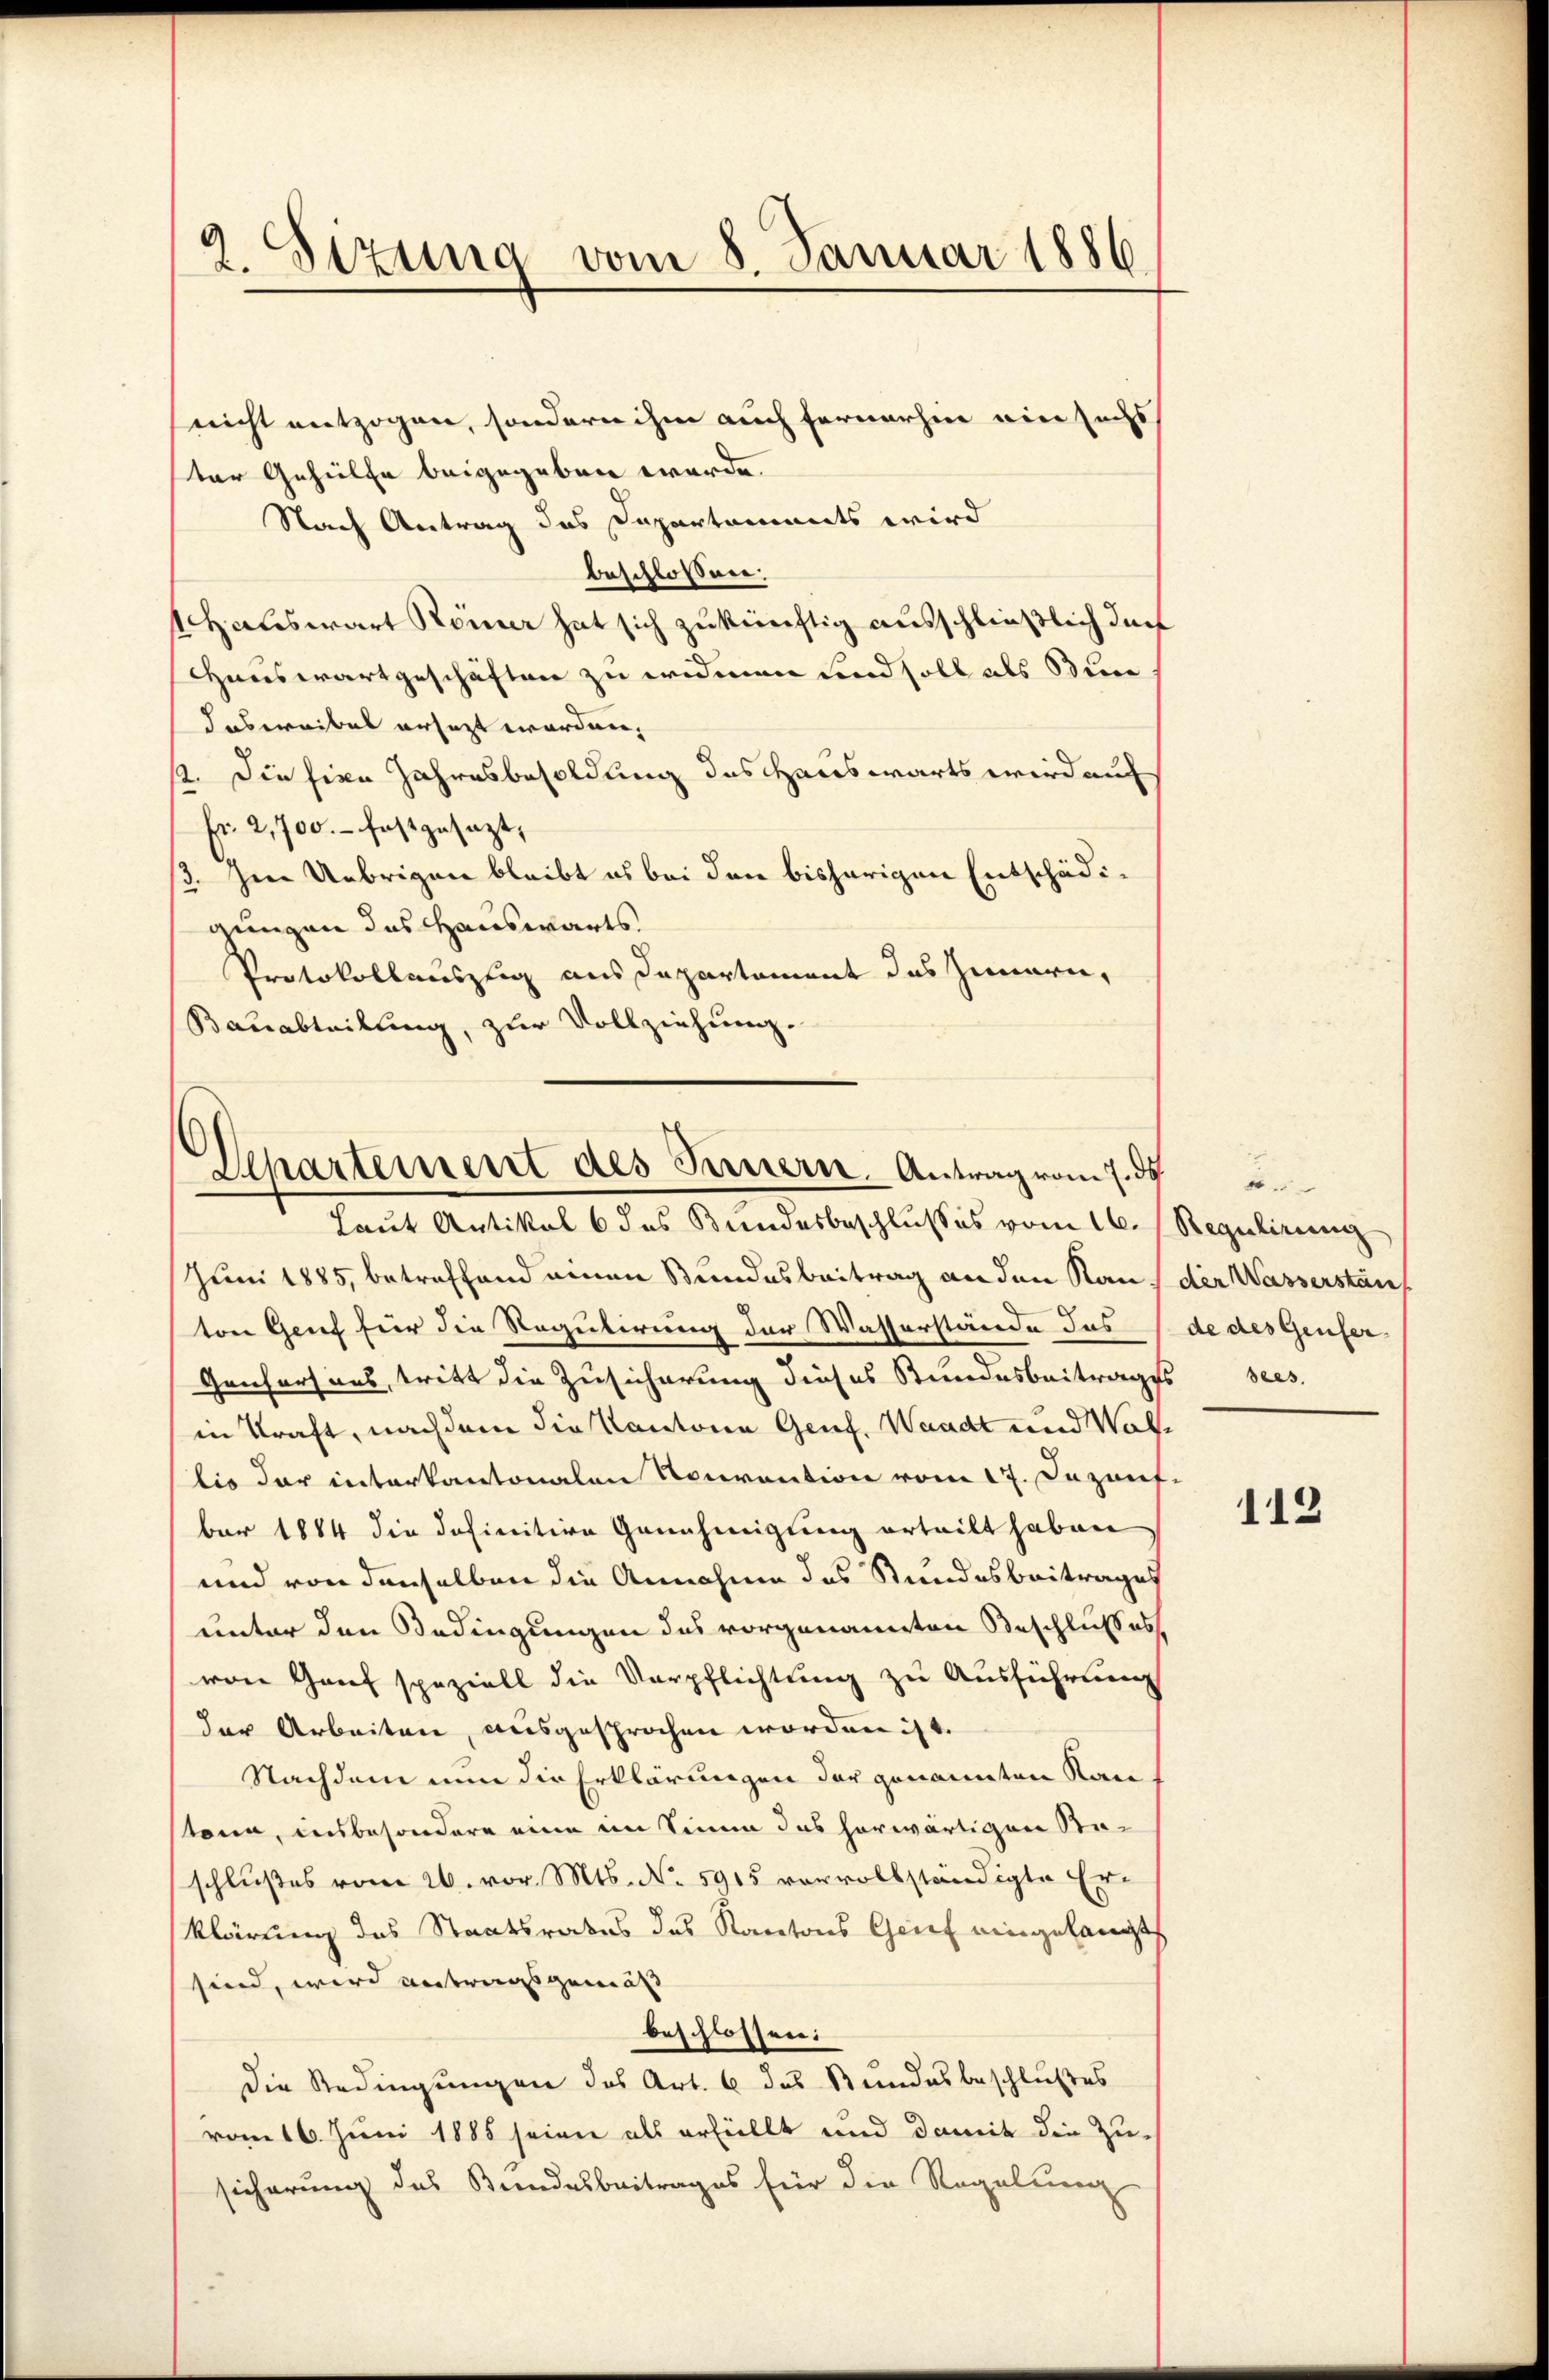
9
h
t. Sizung vom 8. Januar 1886.

nicht entzogen, sondern ihm auch fernerhin ein sechs
ster Gehülfe beigegeben werde.
Nach Antrag des Dapartements wird
beschlossen:
1 Hauswart Römer hat sich zukünftig ausschließlich durf
Hauswartgeschäften zu eridenen und soll als Buc
Iaswaibel ersezt worden,
st. Die sien Jahresbesoldung des Hauswärts wird auf
Fr. 2,700.- festgesezt,
/. Im Uebrigen bleibt es bei den bisherigen Entschädigungen das Hauswärts.
Protokollaustig aus Departament das Innern,
Bauabteilung, zur Vollziehung.

Departement des Innern. Antrag vom 7. ds

Laut Artikel 6 des Bundesbeschlusses vom 16. Regulirung
Juni 1885, betreffend einen Bundesbeitrag an den Kauf der Wasserstän
ton Genf für die Regulirung der Wasserstände das de des Genfer¬
Genfers aus, tritt die Zusicherung dieses Bundesbeitrages sees.
in Kraft, nachdem die Kantone Genf, Waadt und Wallis der interkantonalen Nouvention vom 17. Dezanf.
ber 1884 die definitive Genehmigung erteilt haben
und von denselben die Annahme das Stundesbeitrages
unter den Bedingungen des vorgenannten Beschlusses
von Genf speziell die Verpflichtung zu Ausführung
der Arbeiten, ausgesprochen worden ist.
Nachdem nun die Erklärungen der genannten Kan
kann, insbesondere eine im Sinne das herwärtigen Saschlußes vom 26. vor. Mts. No 5915 vervollständigte Er-
klärung des Staatsrates das Kantons Grief eingelangt
sind, wird antragsgemäss |
beschlossen:
Die Redingungen des Art. 6 das Stundesbeschlußes
vom 16. Juni 1885 seien als erfüllt und damit die Zu-
sicherung des Bundesbeitrages für die Regelung

112